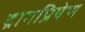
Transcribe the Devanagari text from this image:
द्रागप्रियेण